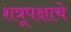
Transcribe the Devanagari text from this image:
शत्रूपक्षाचे